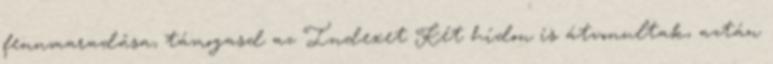
fennmaradása, támogasd az Indexet Két hídon is átvonultak, aztán